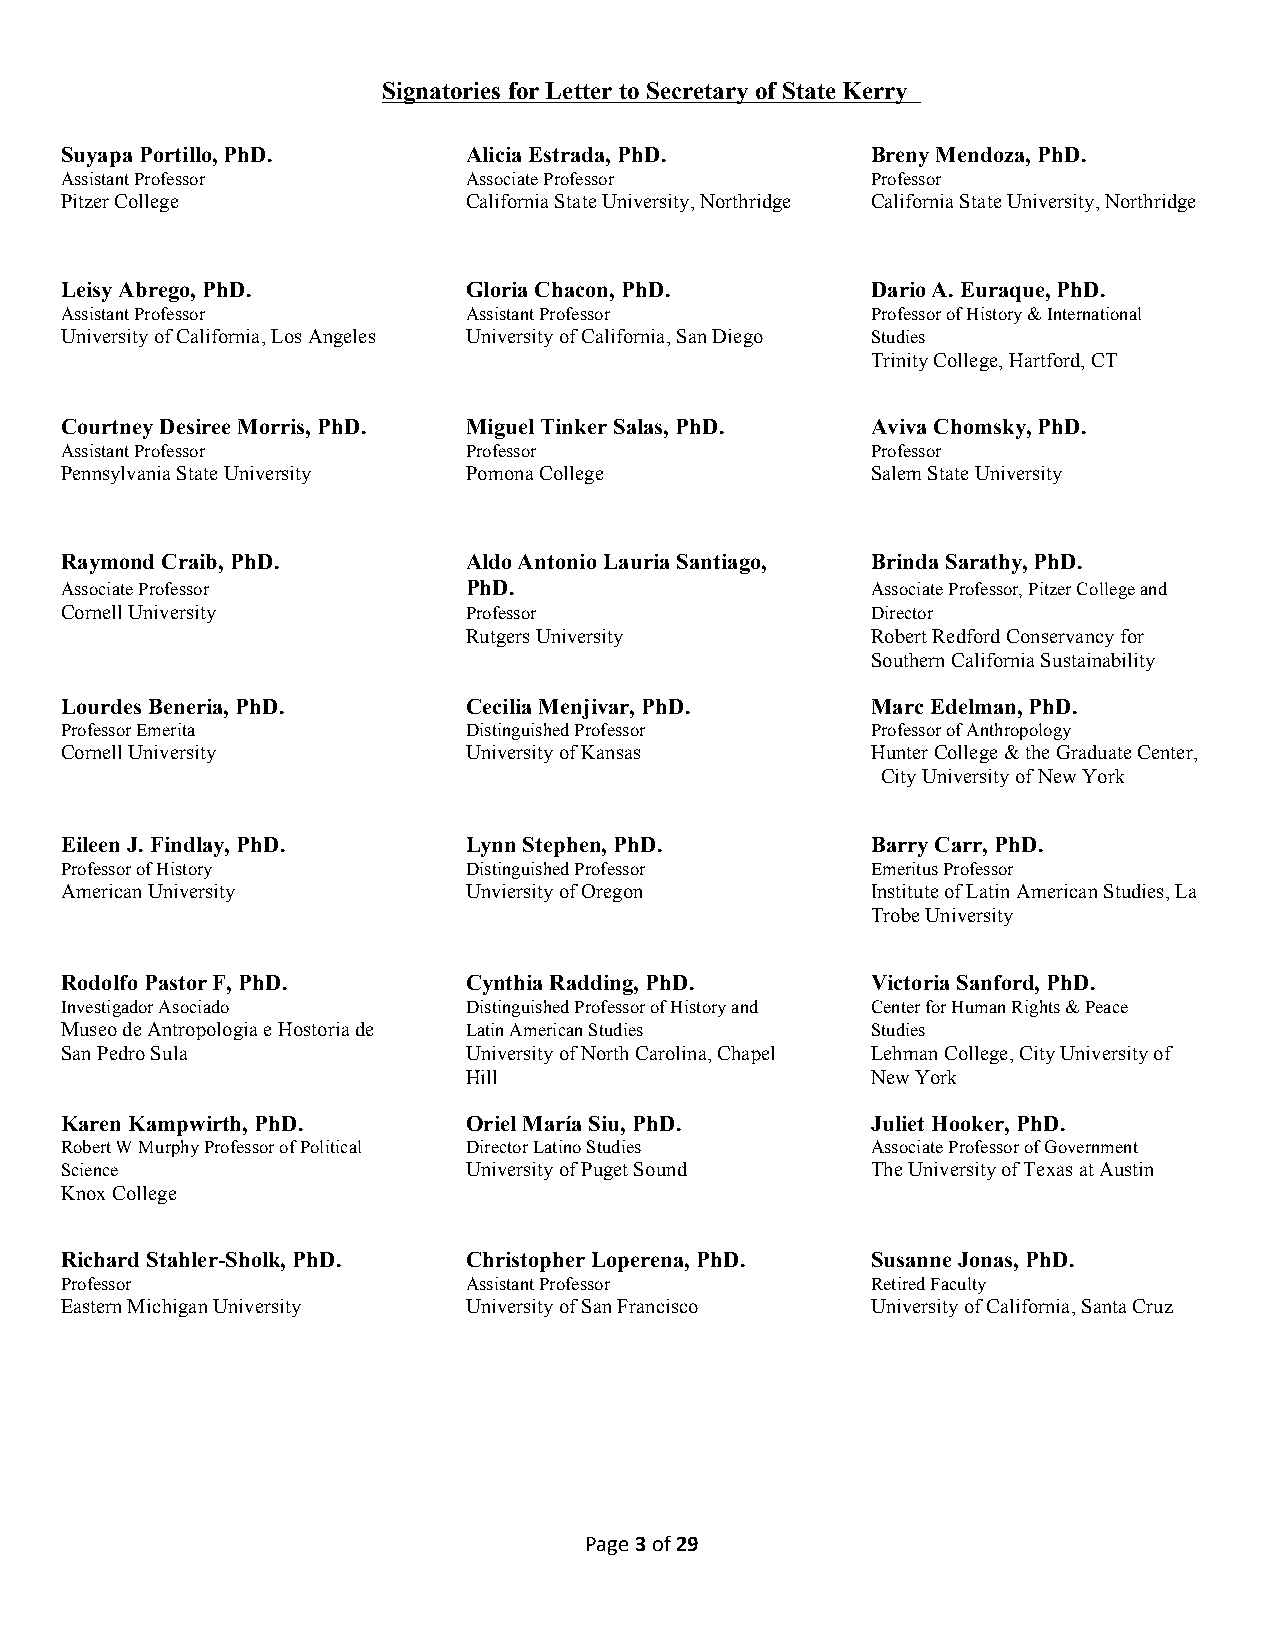
Signatories for Letter to Secretary of State Kerry
 Suyapa Portillo, PhD.      Alicia Estrada, PhD.       Breny Mendoza, PhD.
 Assistant Professor        Associate Professor        Professor
 Pitzer College             California State University, Northridge California State University, Northridge
 Leisy Abrego, PhD.         Gloria Chacon, PhD.        Dario A. Euraque, PhD.
 Assistant Professor        Assistant Professor        Professor of History & International
 University of California, Los Angeles University of California, San Diego Studies
 Trinity College, Hartford, CT
 Courtney Desiree Morris, PhD. Miguel Tinker Salas, PhD. Aviva Chomsky, PhD.
 Assistant Professor        Professor                  Professor
 Pennsylvania State University Pomona College          Salem State University
 Raymond Craib, PhD.        Aldo Antonio Lauria Santiago, Brinda Sarathy, PhD.
 Associate Professor        PhD.                       Associate Professor, Pitzer College and
 Cornell University         Professor                  Director
 Rutgers University         Robert Redford Conservancy for
 Southern California Sustainability
 Lourdes Beneria, PhD.      Cecilia Menjivar, PhD.     Marc Edelman, PhD.
 Professor Emerita          Distinguished Professor    Professor of Anthropology
 Cornell University         University of Kansas       Hunter College & the Graduate Center,
 City University of New York
 Eileen J. Findlay, PhD.    Lynn Stephen, PhD.         Barry Carr, PhD.
 Professor of History       Distinguished Professor    Emeritus Professor
 American University        Unviersity of Oregon       Institute of Latin American Studies, La
 Trobe University
 Rodolfo Pastor F, PhD.     Cynthia Radding, PhD.      Victoria Sanford, PhD.
 Investigador Asociado      Distinguished Professor of History and Center for Human Rights & Peace
 Museo de Antropologia e Hostoria de Latin American Studies Studies
 San Pedro Sula             University of North Carolina, Chapel Lehman College, City University of
 Hill                       New York
 Karen Kampwirth, PhD.      Oriel María Siu, PhD.      Juliet Hooker, PhD.
 Robert W Murphy Professor of Political Director Latino Studies Associate Professor of Government
 Science                    University of Puget Sound  The University of Texas at Austin
 Knox College
 Richard Stahler-Sholk, PhD. Christopher Loperena, PhD. Susanne Jonas, PhD.
 Professor                  Assistant Professor        Retired Faculty
 Eastern Michigan University University of San Francisco University of California, Santa Cruz
 Page 3 of 29